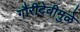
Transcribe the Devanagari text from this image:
गौरीदेवीमुळे